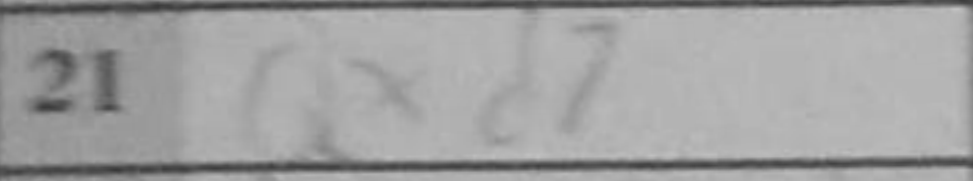
Transcription: Qxd7